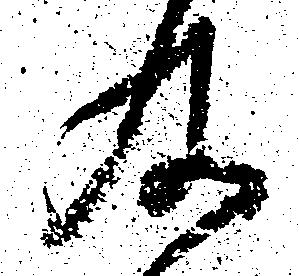
及